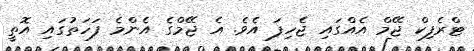
ޓްރެފިކް ޖޭމް އެއްގައި ޖެހިފަ އެވެ. އެ ޖޭމްގެ އެންމެ ފަހަތުގައި އޮތީ